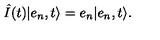
\hat { I } ( t ) \vert e _ { n } , t \rangle = e _ { n } \vert e _ { n } , t \rangle .